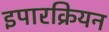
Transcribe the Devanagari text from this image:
इपारक्रियन